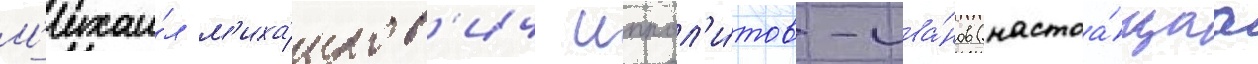
М'ихаи́л м'иха́илов'ич иппол'и́тов-ива́нов (настоа́щаа